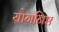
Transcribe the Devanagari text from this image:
योगनिष्ठ